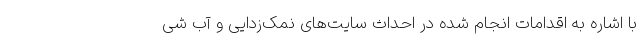
با اشاره به اقدامات انجام شده در احداث سایت‌های نمک‌زدایی و آب شی